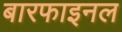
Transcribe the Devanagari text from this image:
बारफाइनल